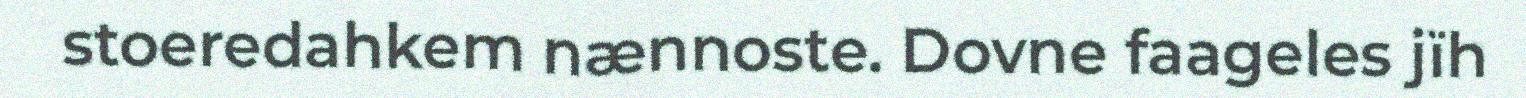
stoeredahkem nænnoste. Dovne faageles jïh